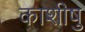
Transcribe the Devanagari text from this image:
काशीषु